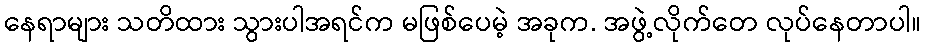
နေရာများ သတိထား သွားပါအရင်က မဖြစ်ပေမဲ့ အခုက. အဖွဲ့လိုက်တေ လုပ်နေတာပါ။